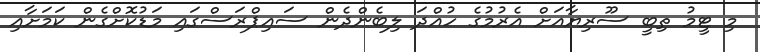
މި ޓީމު ތިބީ ސޫރިޔާއަށް އެރުމުގެ ހުއްދަ ލިބެންދެން ސައިޕްރަސްގައި މަޑުކޮށްގެން ކަމަށާއި